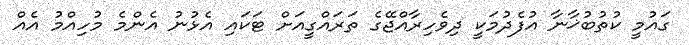
ގައުމީ ކުތުބުޚާނާ އުފެދުމަކީ ދިވެހިރާއްޖޭގެ ތަރައްގީއަށް ޓަކައި އެޅުނު އެންމެ މުހިއްމު އެއް